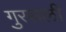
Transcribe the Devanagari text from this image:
गुरसली